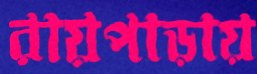
রায়পাড়ায়